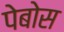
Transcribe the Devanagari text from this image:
पेबोस